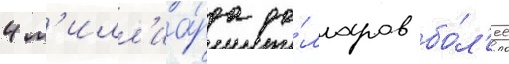
4 м'илл'иа́рда до́лларов бо́л'ее